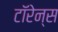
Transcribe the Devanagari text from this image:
टॉरेन्स